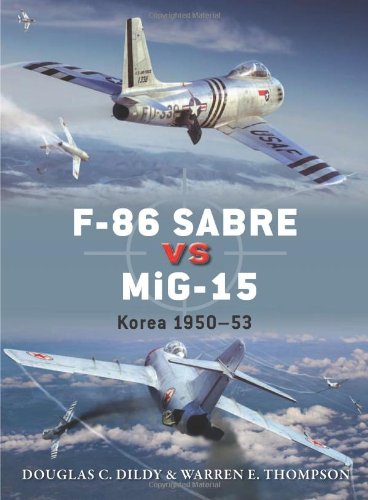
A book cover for F-86 Sabre vs MiG-15: Korea 1950-53 (Duel); Doug Dildy; History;